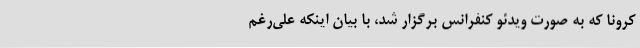
کرونا که به ‌صورت ویدئو کنفرانس برگزار شد، با بیان اینکه علی‌رغم